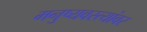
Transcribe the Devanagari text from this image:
मनुष्यवस्त्यांवर